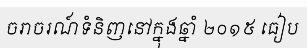
ចរាចរណ៍ទំនិញនៅក្នុងឆ្នាំ ២០១៥ ធៀប